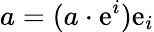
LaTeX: a=(a\cdot\mathrm{e}^{i})\mathrm{e}_{i}